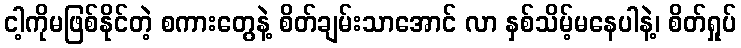
ငါ့ကိုမဖြစ်နိုင်တဲ့ စကားတွေနဲ့ စိတ်ချမ်းသာအောင် လာ နှစ်သိမ့်မနေပါနဲ့၊ စိတ်ရှုပ်